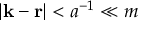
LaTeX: | { \bf k } - { \bf r } | < a ^ { - 1 } \ll m